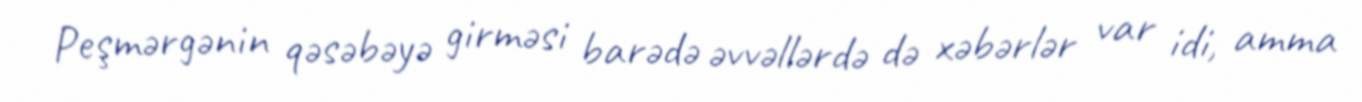
Peşmərgənin qəsəbəyə girməsi barədə əvvəllərdə də xəbərlər var idi, amma